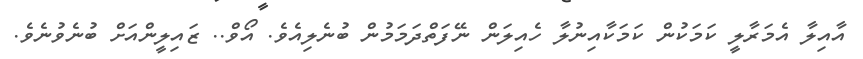
އާއިލާ އެމަރާލީ ކަމަކުން ކަމަކާއިނުލާ ހެއިލަން ނޭފަތްދަމަމުން ބުނެލިއެވެ. އޯވް.. ޒައިލީންއަށް ބުނެވުނެވެ.